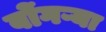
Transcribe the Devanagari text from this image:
बोंगऱ्या